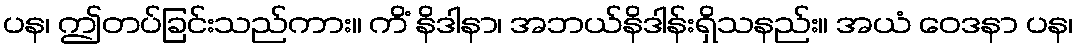
ပန၊ ဤတပ်ခြင်းသည်ကား။ ကိံ နိဒါနာ၊ အဘယ်နိဒါန်းရှိသနည်း။ အယံ ဝေဒနာ ပန၊